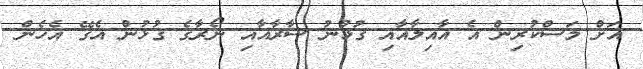
އަށް މަސްކުރިން އެ އާއިލާއާއި ގުޅުނު ސާރާއާއި ނޯރާގެ ގުޅުން އެގޭ އެހެން